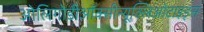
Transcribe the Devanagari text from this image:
ओलिगोडीऑक्सीन्यूक्लिओटाइड्स